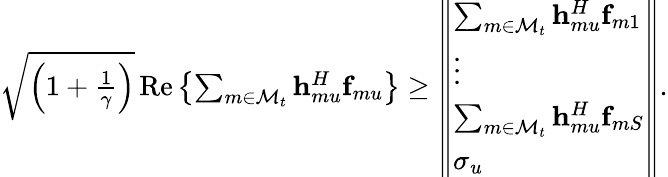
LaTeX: \begin{array}{r}{\sqrt{\left(1+\frac{1}{\gamma}\right)}\, \textrm{Re}\left\{ \sum_{m\in\mathcal{M}_{t}}{\mathbf{h}}_{mu}^{H}{\mathbf{f}}_{mu}\right\} \geq\left\Vert\begin{array}{l}{\sum_{m\in\mathcal{M}_{t}}{\mathbf{h}}_{mu}^{H}{\mathbf{f}}_{m1}}\\ {\vdots}\\ {\sum_{m\in\mathcal{M}_{t}}{\mathbf{h}}_{mu}^{H}{\mathbf{f}}_{mS}}\\ {\sigma_{u}}\end{array}\right\Vert.}\end{array}